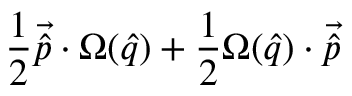
\frac { 1 } { 2 } \vec { \hat { p } } \cdot \Omega ( \hat { q } ) + \frac { 1 } { 2 } \Omega ( \hat { q } ) \cdot \vec { \hat { p } }